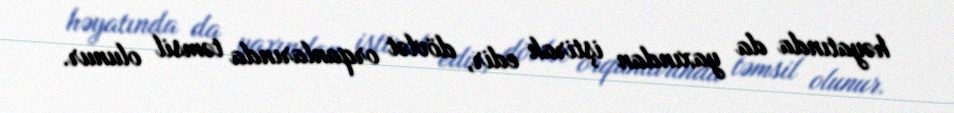
həyatında da yaxından iştirak edir, dövlət orqanlarında təmsil olunur.